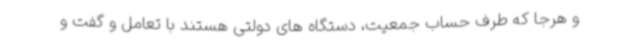
و هرجا که طرف حساب جمعیت، دستگاه های دولتی هستند با تعامل و گفت و